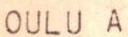
OULU A